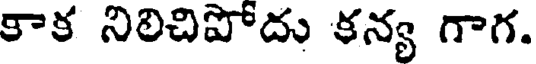
కాక నిలిచిపోదు కన్య గాగ.